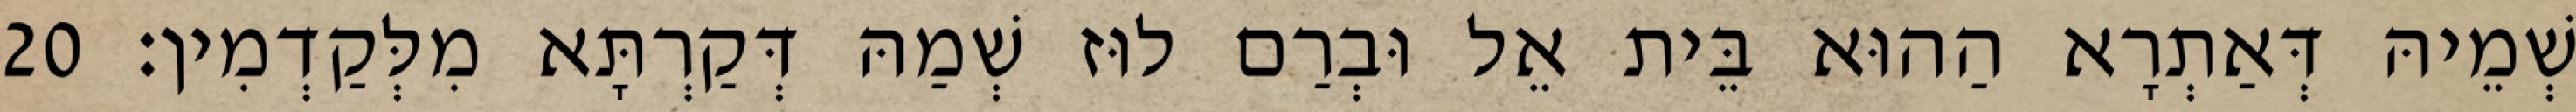
שְׁמֵיהּ דְּאַתְרָא הַהוּא בֵּית אֵל וּבְרַם לוּז שְׁמַהּ דְּקַרְתָּא מִלְּקַדְמִין׃ 20